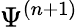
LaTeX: \Psi^{(n+1)}